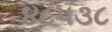
૪૮૫૩૮